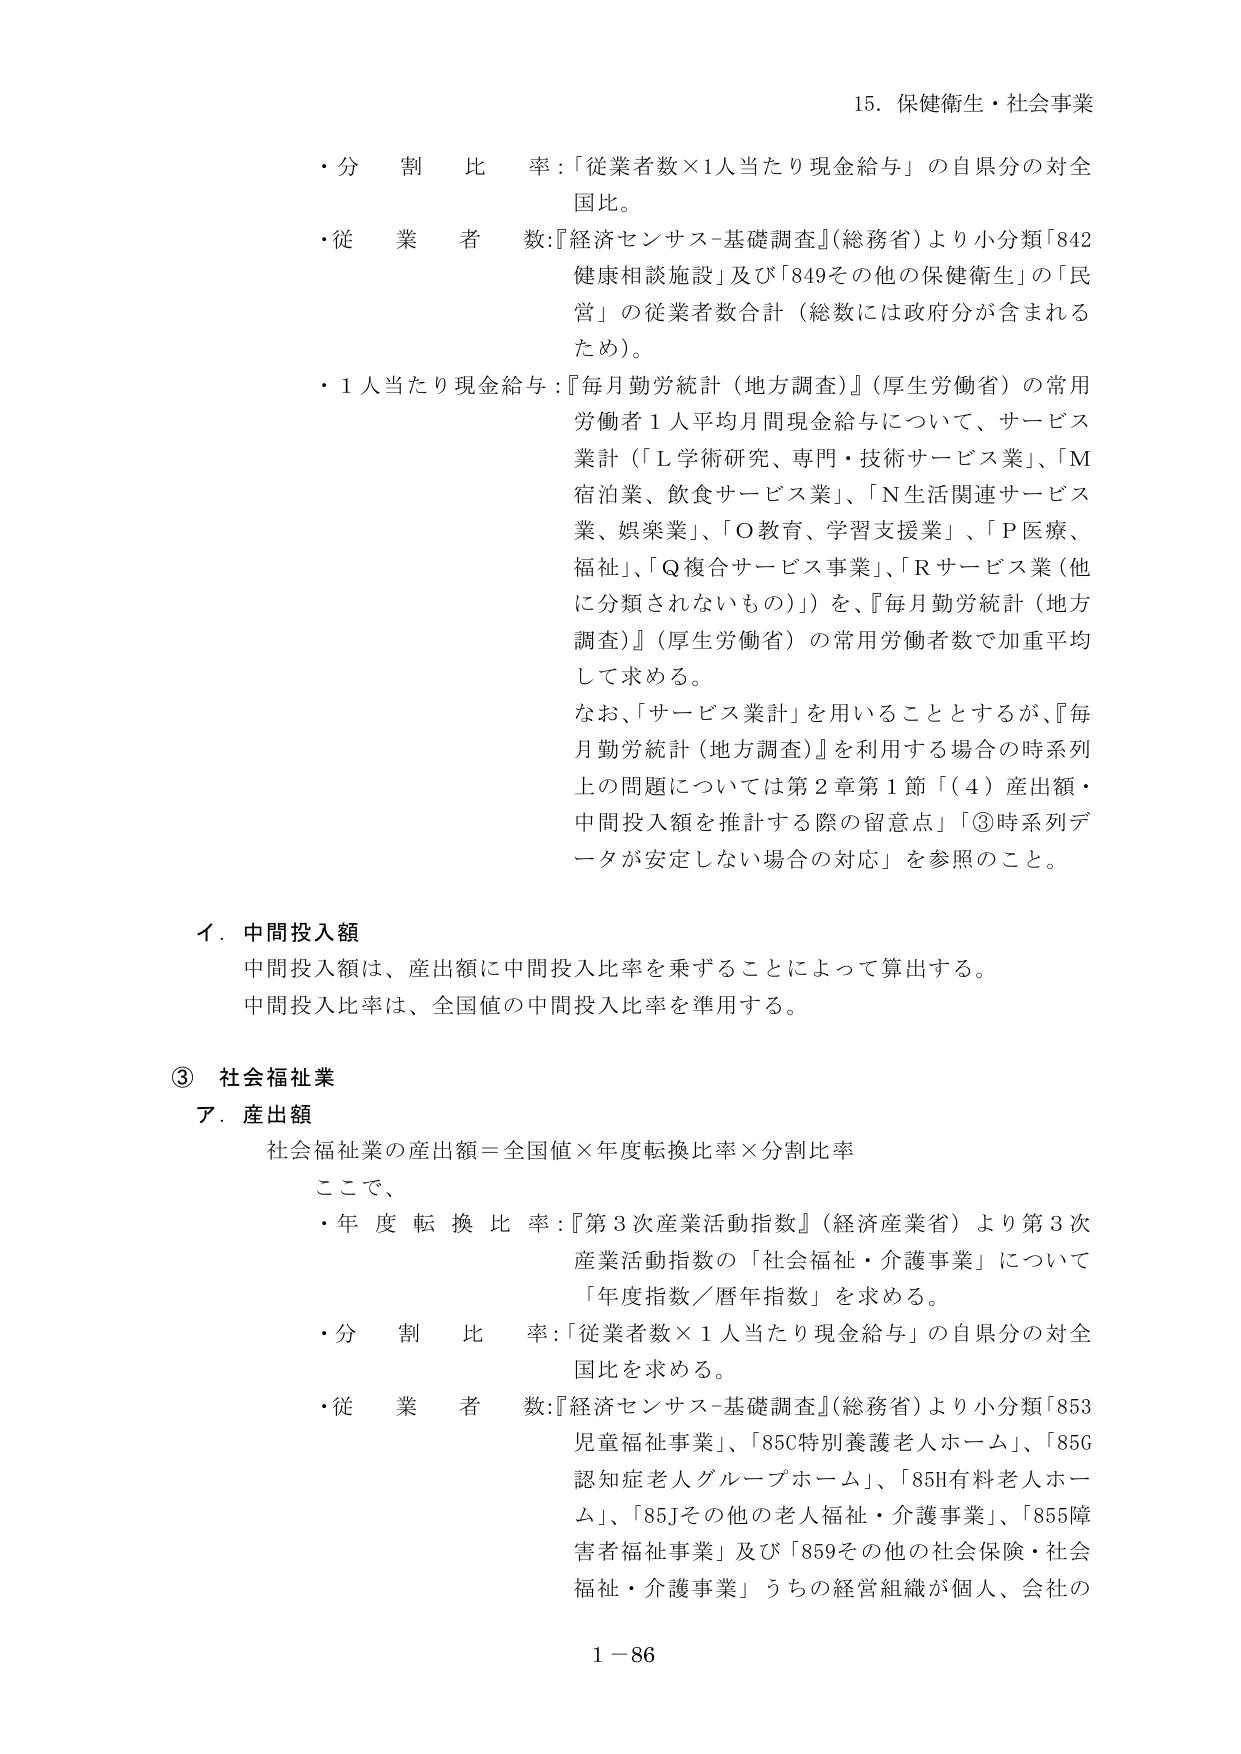
15. 保健衛生・社会事業

・分割比率：「従業者数×1人当たり現金給与」の自県分の対全国比。

・従業者数：『経済センサス-基礎調査』（総務省）より小分類「842健康相談施設」及び「849その他の保健衛生」の「民営」の従業者数合計（総数には政府分が含まれるため）。

・1人当たり現金給与：『毎月勤労統計（地方調査）』（厚生労働省）の常用労働者1人平均月間現金給与について、サービス業計（「L学術研究、専門・技術サービス業」、「M宿泊業、飲食サービス業」、「N生活関連サービス業、娯楽業」、「O教育、学習支援業」、「P医療、福祉」、「Q複合サービス事業」、「Rサービス業（他に分類されないもの）」）を、『毎月勤労統計（地方調査）』（厚生労働省）の常用労働者数で加重平均して求める。

なお、「サービス業計」を用いることとするが、『毎月勤労統計（地方調査）』を利用する場合の時系列上の問題については第2章第1節「（4）産出額・中間投入額を推計する際の留意点」「③時系列データが安定しない場合の対応」を参照のこと。

イ．中間投入額

中間投入額は、産出額に中間投入比率を乗ずることによって算出する。

中間投入比率は、全国値の中間投入比率を準用する。

③ 社会福祉業

ア．産出額

社会福祉業の産出額＝全国値×年度転換比率×分割比率

ここで、

・年度転換比率：『第3次産業活動指数』（経済産業省）より第3次産業活動指数の「社会福祉・介護事業」について「年度指数／暦年指数」を求める。

・分割比率：「従業者数×1人当たり現金給与」の自県分の対全国比を求める。

・従業者数：『経済センサス-基礎調査』（総務省）より小分類「853児童福祉事業」、「85C特別養護老人ホーム」、「85G認知症老人グループホーム」、「85H有料老人ホーム」、「85Jその他の老人福祉・介護事業」、「855障害者福祉事業」及び「859その他の社会保険・社会福祉・介護事業」うちの経営組織が個人、会社の

1－86